Reports on dispensaries and lunatic asylums in the Province of Oudh - 1869-1876
Year: 1869
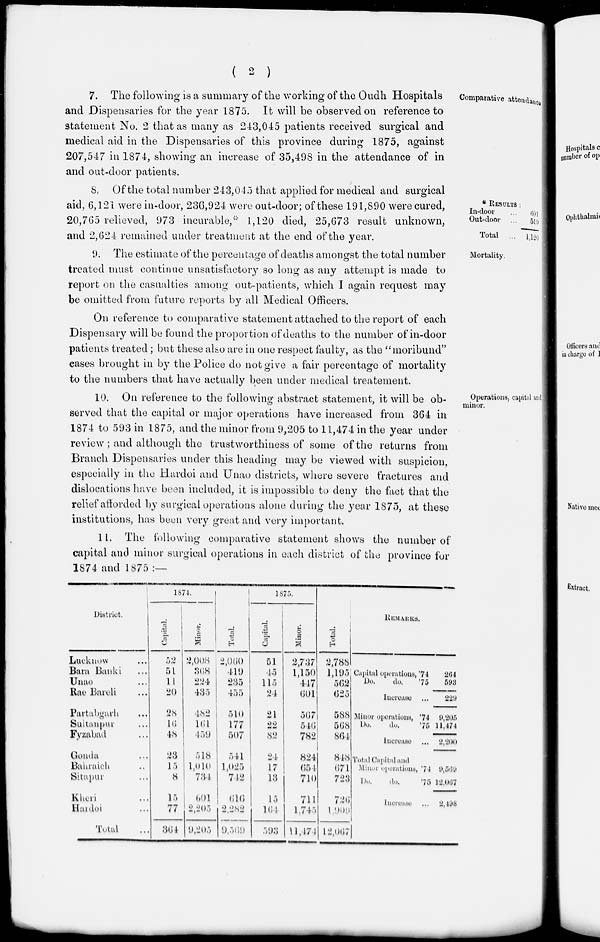
( 2 )
Comparative attendance
7. The following is a summary of the working of the Oudh Hospitals
and Dispensaries for the year 1875. It will be observed on reference to
statement No. 2 that as many as 243,045 patients received surgical and
medical aid in the Dispensaries of this province during 1875, against
207,547 in 1874, showing an increase of 35,498 in the attendance of in
and out-door patients.
*RESULTS :
In-door ...
Out-door ...
Total ...
601
519
1,120
8. Of the total number 243,045 that applied for medical and surgical
aid, 6,121 were in-door, 236,924 were out-door; of these 191,890 were cured,
20,765 relieved, 973 incurable,* 1,120 died, 25,673 result unknown,
and 2,624 remained under treatment at the end of the year.
Mortality.
9. The estimate of the percentage of deaths amongst the total number
treated must continue unsatisfactory so long as any attempt is made to
report on the casualties among out-patients, which I again request may
be omitted from future reports by all Medical Officers.
On reference to comparative statement attached to the report of each
Dispensary will be found the proportion of deaths to the number of in-door
patients treated; but these also are in one respect faulty, as the "moribund"
cases brought in by the Police do not give a fair percentage of mortality
to the numbers that have actually been under medical treatement.
Operations, capital and
minor.
10. On reference to the following abstract statement, it will be ob-
served that the capital or major operations have increased from 364 in
1874 to 593 in 1875, and the minor from 9,205 to 11,474 in the year under
review; and although the trustworthiness of some of the returns from
Branch Dispensaries under this heading may be viewed with suspicion,
especially in the Hardoi and Unao districts, where severe fractures and
dislocations have been included, it is impossible to deny the fact that the
relief afforded by surgical operations alone during the year 1875, at these
institutions, has been very great and very important.
11. The following comparative statement shows the number of
capital and minor surgical operations in each district of the province for
1874 and 1875 :—
District.
Lucknow ...
Bara Banki ...
Unao ...
Rae Bareli ...
Partabgarh ...
Sultanpur ...
Fyzabad ...
Gonda ...
Bahraich ...
Sitapur ...
Kheri ...
Hardoi ...
Total ...
1874.
Capital.
52
51
11
20
28
16
48
23
15
8
15
77
364
Minor.
2,008
368
224
435
482
161
459
518
1,010
734
601
2,205
9,205
Total.
2,060
419
235
455
510
177
507
541
1,025
742
616
2,282
9,569
1875.
Capital.
51
45
115
24
21
22
82
24
17
13
15
164
593
Minor.
2,737
1,150
447
601
567
546
782
824
654
710
711
1,745
11,474
Total.
2,788
1,195
562
625
588
568
864
848
671
723
726
1,909
12,067
REMARKS.
Capital operations, '74
Do.
do.
'75
Increase ...
Minor operations, '74
Do.
do.
'75
Increase ...
Total Capital and
Minor operations, '74
Do.
do,
'75
Increase ...
264
593
229
9,205
11,474
2,200
9,569
12,067
2,498